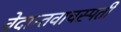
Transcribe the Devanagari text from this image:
वेदान्तवाचस्पती